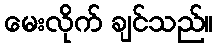
မေးလိုက် ချင်သည်။